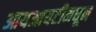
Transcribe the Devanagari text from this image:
आयआयटीमधून